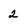
Character: 2